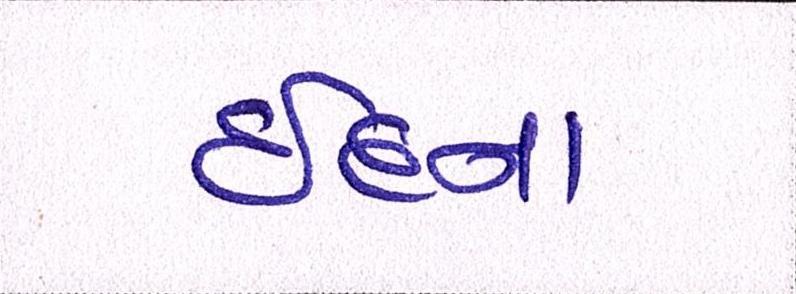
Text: ઈદના